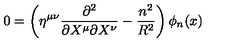
0 = \left( \eta ^ { \mu \nu } \frac { \partial ^ { 2 } } { \partial X ^ { \mu } \partial X ^ { \nu } } - \frac { n ^ { 2 } } { R ^ { 2 } } \right) \phi _ { n } ( x )